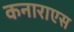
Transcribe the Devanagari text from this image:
कनाराएस